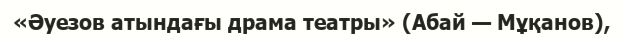
«Әуезов атындағы драма театры» (Абай — Мұқанов),